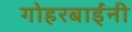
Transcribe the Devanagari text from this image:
गोहरबाईंनी